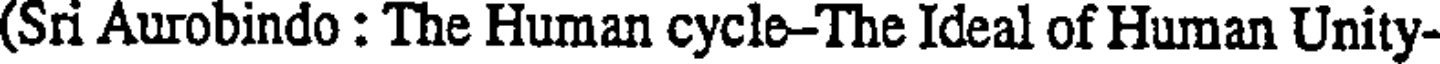
(Sri Aurobindo : The Human cycle-The Ideal of Human Unity-